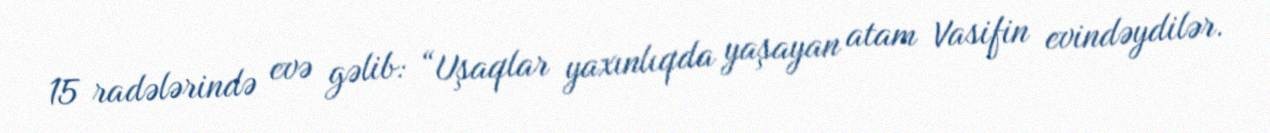
15 radələrində evə gəlib: “Uşaqlar yaxınlıqda yaşayan atam Vasifin evindəydilər.